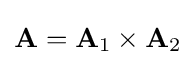
\mathbf {A} =\mathbf {A} _{1}\times \mathbf {A} _{2}